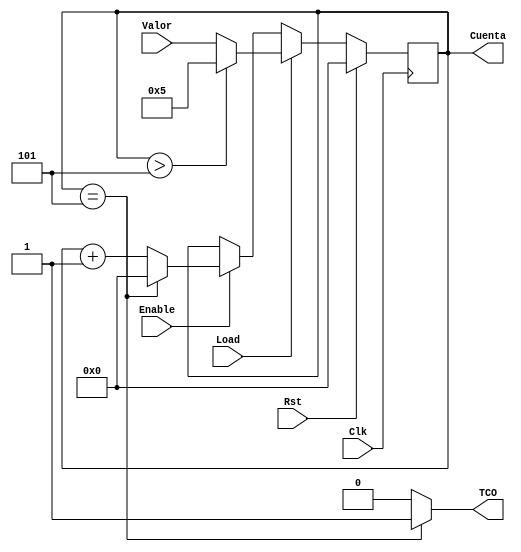
`timescale 1ns / 1ps
//////////////////////////////////////////////////////////////////////////////////
// Company: 
// Engineer: 
// 
// Design Name: 
// Module Name: Cont0a5
// Project Name: 
// Target Devices: 
// Tool Versions: 
// Description: 
// 
// Dependencies: 
// 
// Revision:
// Revision 0.01 - File Created
// Additional Comments:
// 
//////////////////////////////////////////////////////////////////////////////////


module Cont0a5(
    input Load,
    input Enable,
    input Rst,
    input Clk,
    input [3:0] Valor,
    output TCO,
    output [3:0] Cuenta
    );
    
    reg [3:0] inc = 0;
    always @(posedge Clk)
    begin
        if (Rst)
            inc = 4'b0000;
        else if (Load)
            inc =(inc > 4'b0101)?4'b0101:Valor;
        else
            if (Enable)
                if (inc == 4'b0101)
                    inc = 4'b0000;
                else
                    inc = inc + 1'b1;
    end
    
    assign Cuenta = inc;
    assign TCO = (inc == 4'b0101) ? 1'b1 : 1'b0;
    
endmodule